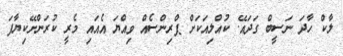
ލާކް ހާދަ ނަސީބް ގަދައޭ. ކުއްލިއަކަށް ޕްރިންސެއް ވިއްޔަ އެއައި މެރީ ކުރަންށޭކިޔާފަ